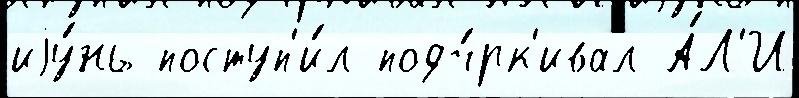
иjу́нь поступ'и́л подч́рк'ивал А́Л'И